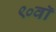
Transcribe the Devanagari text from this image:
९०वॉ